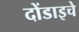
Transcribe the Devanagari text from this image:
दोंडाइचे